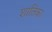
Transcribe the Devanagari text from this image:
शांतिका